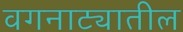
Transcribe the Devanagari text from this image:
वगनाट्यातील